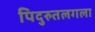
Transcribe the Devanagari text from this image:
पिदुरुतलगला